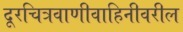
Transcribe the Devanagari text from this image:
दूरचित्रवाणीवाहिनीवरील